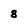
Character: 8